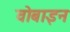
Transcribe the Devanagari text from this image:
वोबाइन